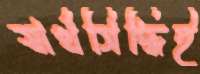
স্বার্থসিদ্ধিই